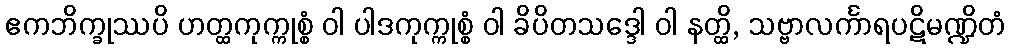
ဧကဘိက္ခုဿပိ ဟတ္ထကုက္ကုစ္စံ ဝါ ပါဒကုက္ကုစ္စံ ဝါ ခိပိတသဒ္ဒေါ ဝါ နတ္ထိ, သဗ္ဗာလင်္ကာရပဋိမဏ္ဍိတံ